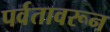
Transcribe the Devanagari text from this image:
पर्वतावरून